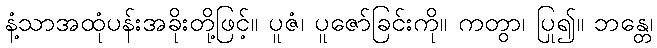
နံ့သာအထုံပန်းအခိုးတို့ဖြင့်။ ပူဇံ၊ ပူဇော်ခြင်းကို။ ကတွာ၊ ပြု၍။ ဘန္တေ၊